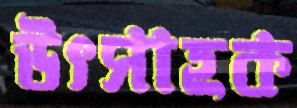
উৎসাহক